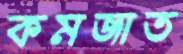
কমজাত